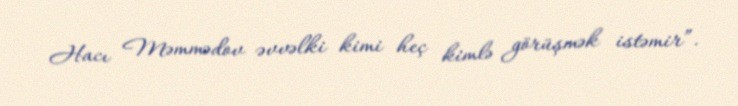
Hacı Məmmədov əvvəlki kimi heç kimlə görüşmək istəmir”.